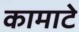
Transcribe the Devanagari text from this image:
कामाटे